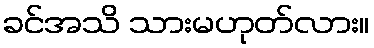
ခင်အသိ သားမဟုတ်လား။